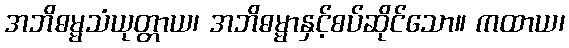
အဘိဓမ္မသံယုတ္တာယ၊ အဘိဓမ္မာနှင့်စပ်ဆိုင်သော။ ကထာယ၊